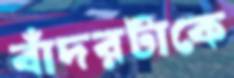
বাঁদরটাকে